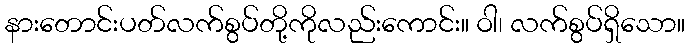
နားတောင်းပတ်လက်စွပ်တို့ကိုလည်းကောင်း။ ဝါ၊ လက်စွပ်ရှိသော။